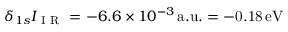
\delta _ { 1 s } I _ { \mathrm { ~ I ~ R ~ } } = - 6 . 6 \times 1 0 ^ { - 3 } \, \mathrm { { a . u . } = - 0 . 1 8 \, \mathrm { { e V } } }